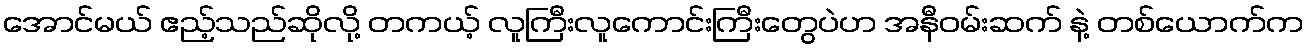
အောင်မယ် ဧည့်သည်ဆိုလို့ တကယ့် လူကြီးလူကောင်းကြီးတွေပဲဟ အနီဝမ်းဆက် နဲ့ တစ်ယောက်က